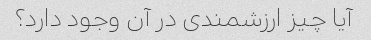
آیا چیز ارزشمندی در آن وجود دارد؟